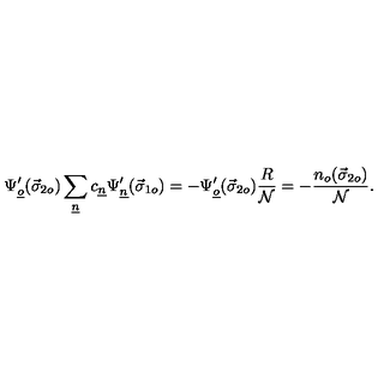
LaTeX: \Psi _ { \underline { { o } } } ^ { \prime } ( \vec { \sigma } _ { 2 o } ) \sum _ { \underline { { n } } } c _ { \underline { { n } } } \Psi _ { \underline { { n } } } ^ { \prime } ( \vec { \sigma } _ { 1 o } ) = - \Psi _ { \underline { { o } } } ^ { \prime } ( \vec { \sigma } _ { 2 o } ) \frac { R } { \cal N } = - \frac { n _ { o } ( \vec { \sigma } _ { 2 o } ) } { \cal N } .